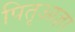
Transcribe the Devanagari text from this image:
पितृआज्ञा